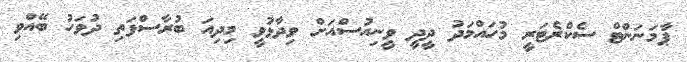
ޕާމަނަންޓް ސެކްރެޓަރީ މުހައްމަދު ދީދީ ވީނިއުސްއަށް ވިދާޅުވީ މިދިއަ ބުރާސްފަތި ދުވަހު ބޭއްވި